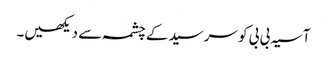
آسیہ بی بی کو سرسید کے چشمہ سے دیکھیں۔